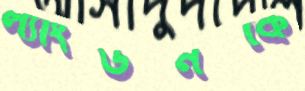
ল্যাংডনকে